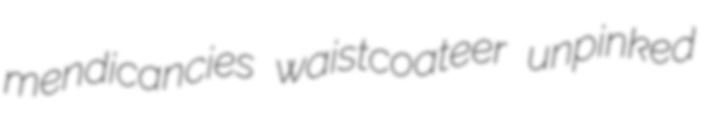
mendicancies waistcoateer unpinked